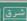
شرق